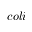
c o l i